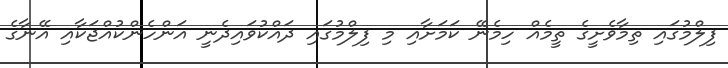
ފިލްމުގައި ތިމާވެށީގެ ތީމެއް ހިމެނޭ ކަމަށާއި މި ފިލްމުގައި ދައްކުވައިދެނީ އަންހެންކުއްޖަކާއި އޭނާގެ